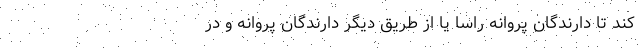
کند تا دارندگان پروانه راساً یا از طریق دیگر دارندگان پروانه و در